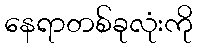
နေရာတစ်ခုလုံးကို